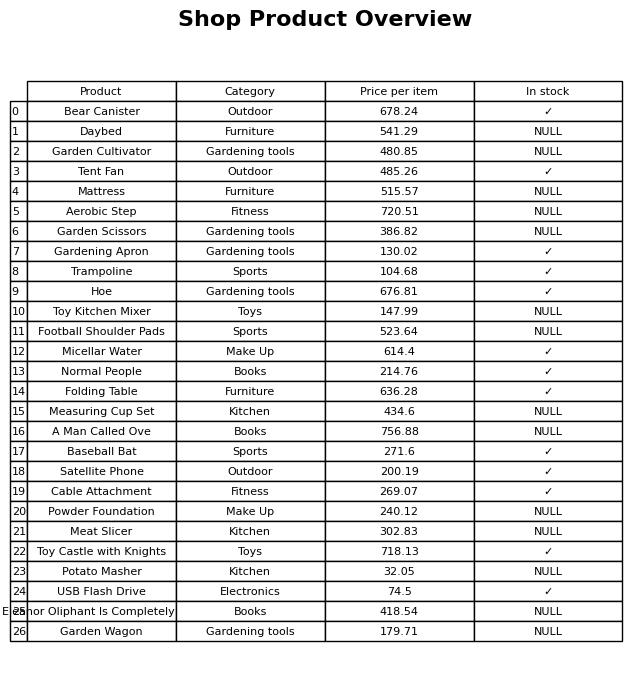
question: What is the price for Toy Kitchen Mixer?
answer: The price of Toy Kitchen Mixer is 147.99.